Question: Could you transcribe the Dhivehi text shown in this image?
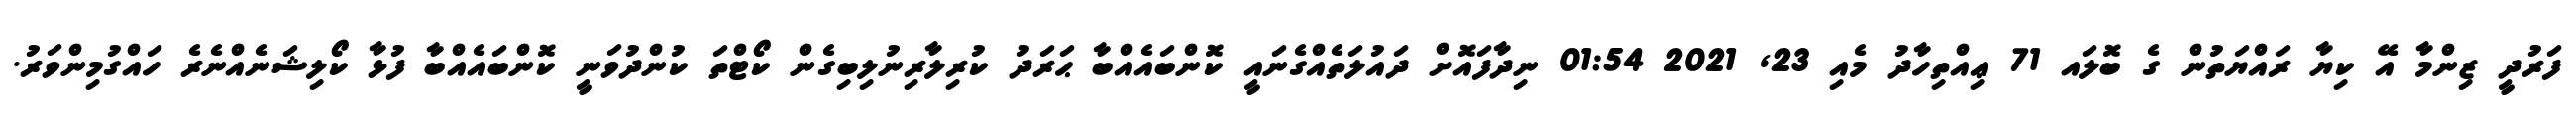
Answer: ފަރުދީ ޒިންމާ އޭ ކިޔާ ރައްޔަތުން ގެ ބޮލައ 71 ޢިއްތިހާދު މެއި 23, 2021 01:54 ނިދާފައޮށް ދައުލަތެއްގެނައީ ކޮންބައެއްބާ ޙަރަދު ކުރިލާރިނުލިބިގެން ކޯޓްތަ ކުންދުވަނީ ކޮންބައެއްބާ ފުޅާ ކޯލިޝަނެއްނެރެ ހައްގުމިންވަރު.